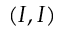
( I , I )